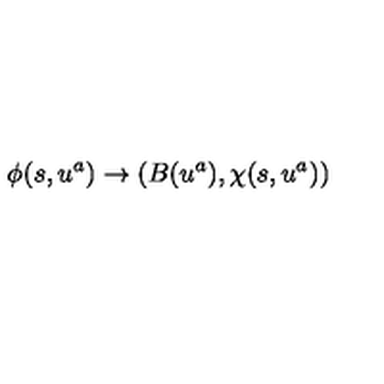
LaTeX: \phi ( s , u ^ { a } ) \rightarrow \left( B ( u ^ { a } ) , \chi ( s , u ^ { a } ) \right)